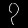
Digit: ၇